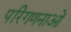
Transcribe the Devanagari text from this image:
परिगणनाओं